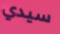
سيدي